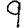
Digit: 9